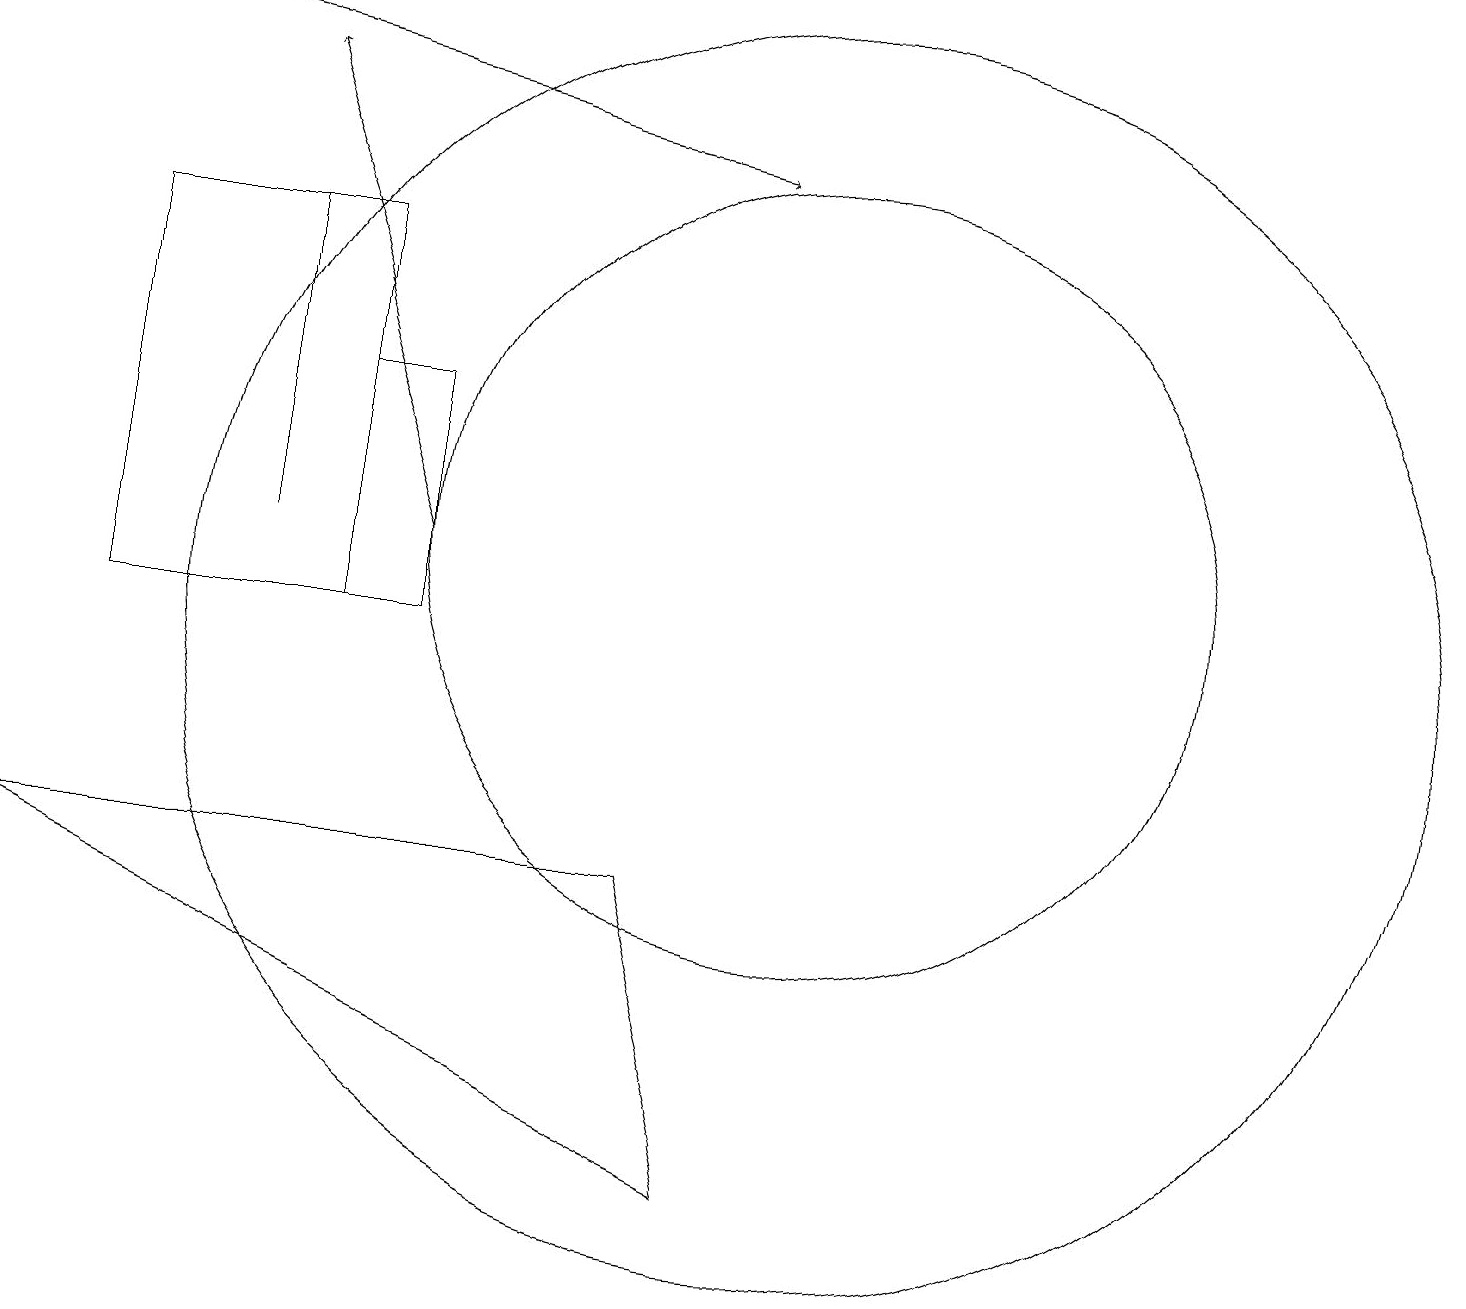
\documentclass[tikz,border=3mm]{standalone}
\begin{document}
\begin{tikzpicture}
\draw (5,14) rectangle (4,11);
\draw (10,12) circle (5);
\draw (10,11) circle (8);
\draw[->] (5,12) -- (3,18);
\draw[->] (0,19) -- (9,17);
\draw (9,4) -- (0,8) -- (8,8) -- cycle;
\draw (3,16) rectangle (3,12);
\draw (4,11) rectangle (1,16);
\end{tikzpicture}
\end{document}